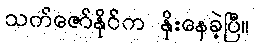
သက်ဇော်နိုင်က နိုးနေခဲ့ပြီ။